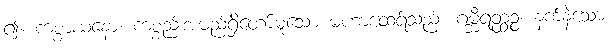
၍။ ကစ္စာယနော၊ ကစ္စည်းအမည်ရှိတော်မူသော မဟာထေရ်သည်။ ဂမ္ဘီရတ္ထဉ္စ၊ နက်နဲသော